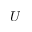
U